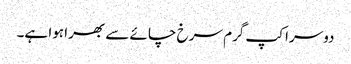
دوسرا کپ گرم سرخ چائے سے بھرا ہوا ہے۔